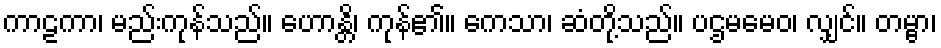
ကာဠကာ၊ မည်းကုန်သည်။ ဟောန္တိ၊ ကုန်၏။ ကေသာ၊ ဆံတို့သည်။ ပဌမမေဝ၊ လျှင်။ တမ္ဗာ၊